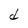
Character: d